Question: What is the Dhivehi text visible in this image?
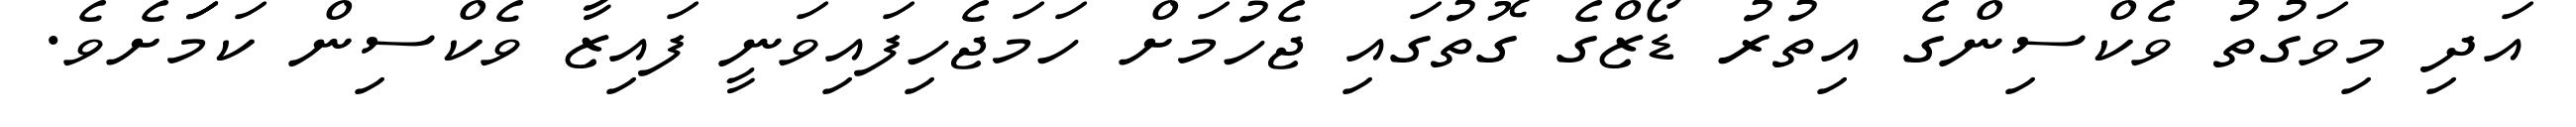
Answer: އަދި މިވަގުތު ވެކްސިންގެ އިތުރު ޑޯޒްގެ ގޮތުގައި ޖެހުމަށް ހަމަޖެހިފައިވަނީ ފައިޒާ ވެކްސިން ކަމަަަށެވެ.